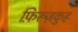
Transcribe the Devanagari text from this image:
फ़िरूज़कुह